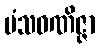
မံသဝဏိဇ္ဇာ